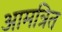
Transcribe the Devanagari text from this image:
आमत्रित